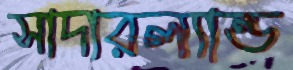
সাদারল্যান্ড